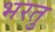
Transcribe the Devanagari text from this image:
भरतु